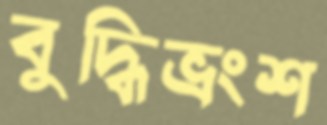
বুদ্ধিভ্রংশ